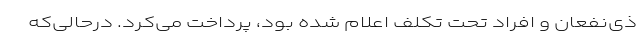
ذی‌نفعان و افراد تحت تکلف اعلام شده بود، پرداخت می‌کرد. درحالی‌که